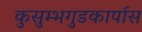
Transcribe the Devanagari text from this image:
कुसुम्भगुडकार्पास